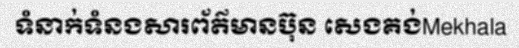
ទំនាក់ទំនងសារព័ត៌មានប៊ុន សេងគង់Mekhala